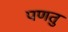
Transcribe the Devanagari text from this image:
पणतु